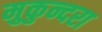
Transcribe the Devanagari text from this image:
मुकुन्दरा